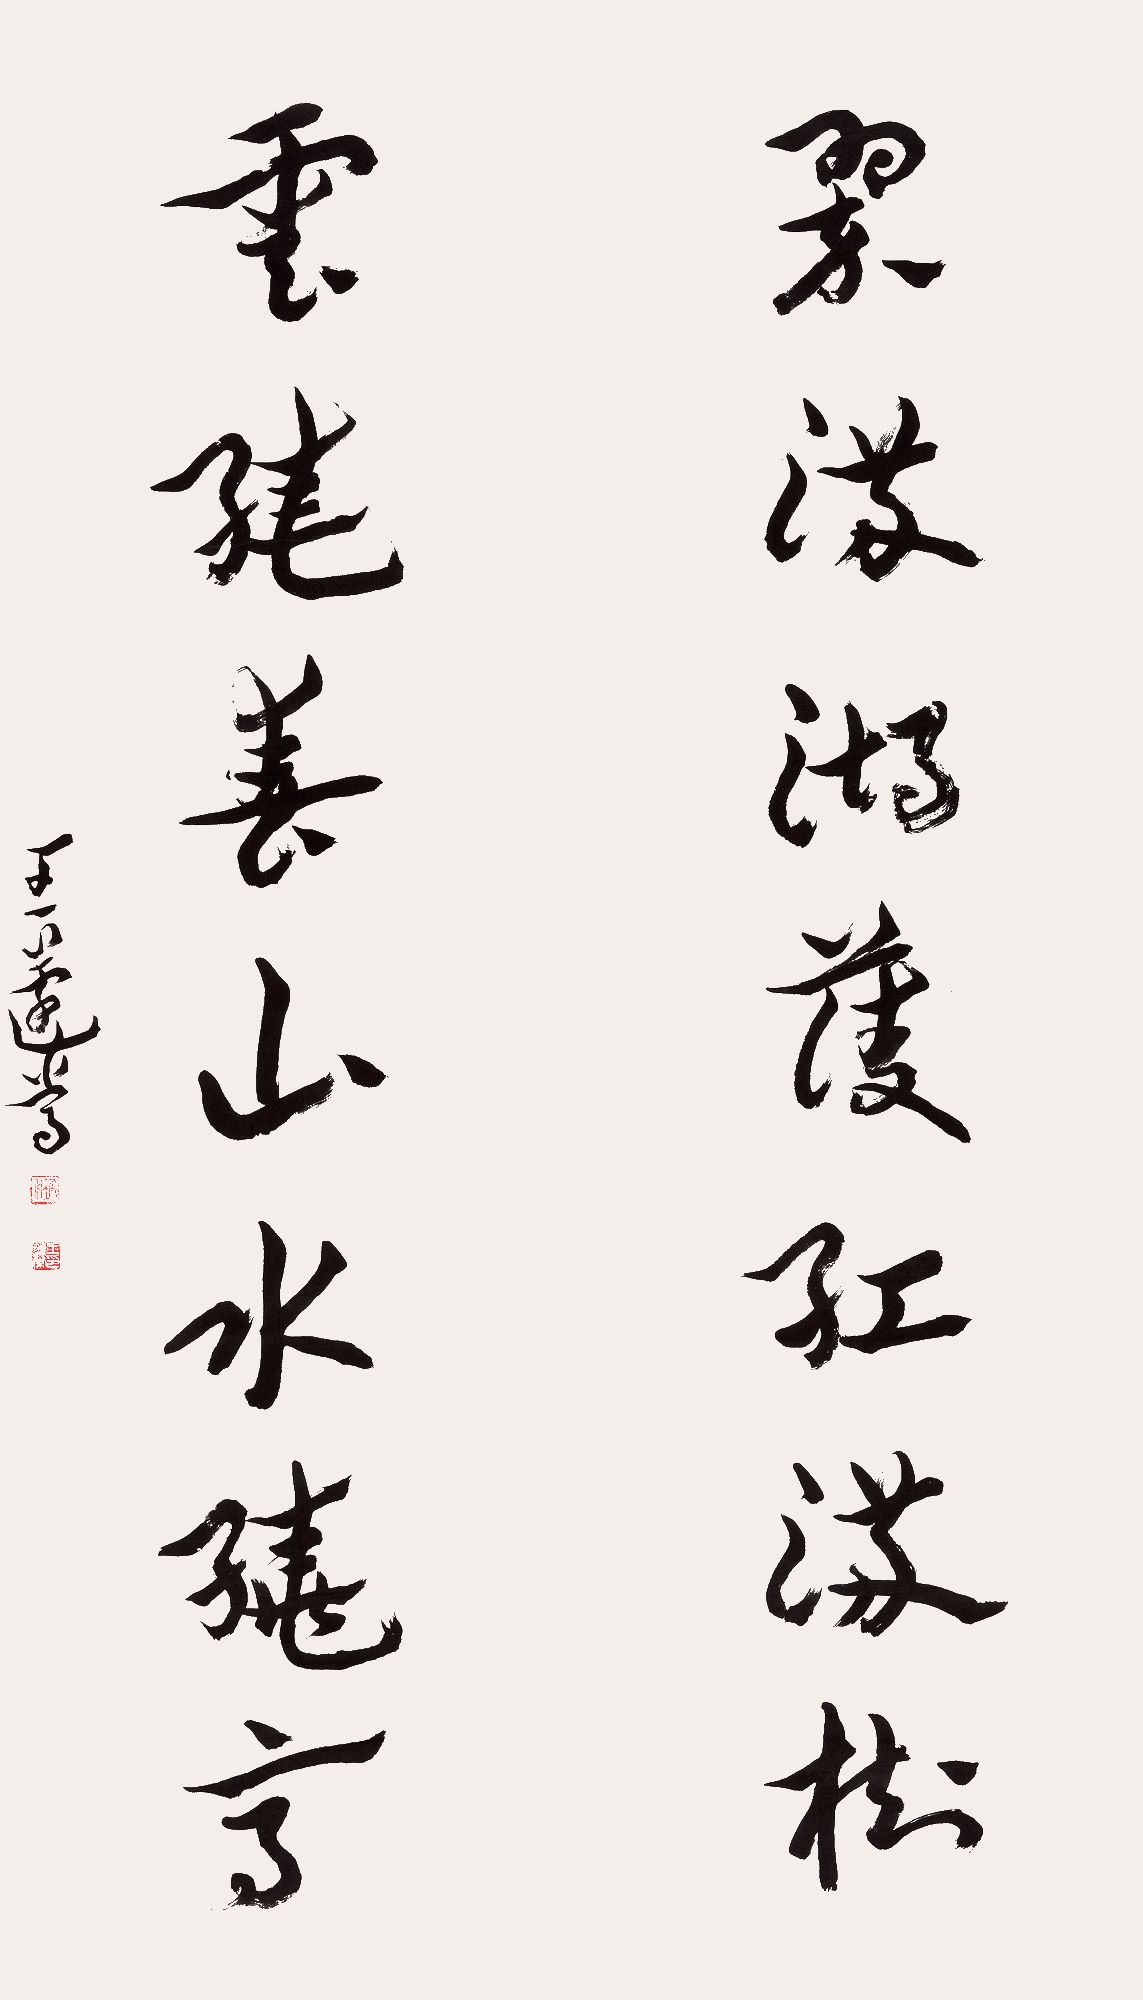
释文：翠满湖菱红满树云绕春山水绕亭王蘧常。